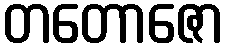
တတောဇော